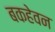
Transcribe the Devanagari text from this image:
बकहेवन